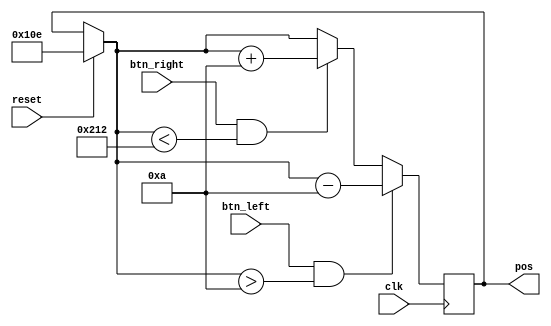
`timescale 1ns / 1ps

module Paddle(
    input btn_left,
    input btn_right,
    input reset,
    input clk,
    output [9:0] pos
    );

	reg [9:0] position;
	
	assign pos = position;

	always @ (posedge clk) begin
		if(reset)begin
			position = 10'd270; //'
		end
		if(btn_left && position > 10)begin
			position = position - 10;
		end
		else if (btn_right && position < 640 - 100 - 10)begin
			position = position + 10;
		end
	end
endmodule